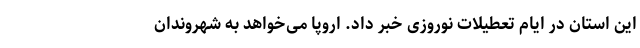
این استان در ایام تعطیلات نوروزی خبر داد. اروپا می‌خواهد به شهروندانِ